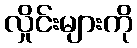
လှိုင်းများကို